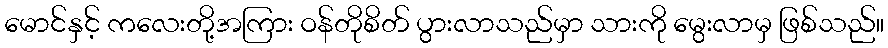
မောင်နှင့် ကလေးတို့အကြား ဝန်တိုစိတ် ပွားလာသည်မှာ သားကို မွေးလာမှ ဖြစ်သည်။